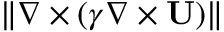
\| { \nabla \times ( \gamma \nabla \times { \bf { U } } ) } \|